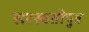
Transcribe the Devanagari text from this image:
सरस्वतीपुत्र